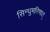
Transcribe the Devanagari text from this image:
सिन्धुमरिणात्